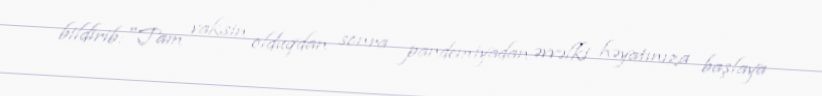
bildirib:"Tam vaksin olduqdan sonra pandemiyadan əvvəlki həyatınıza başlaya